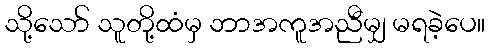
သို့သော် သူတို့ထံမှ ဘာအကူအညီမျှ မရခဲ့ပေ။